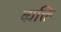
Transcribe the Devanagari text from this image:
व्य़क्ति